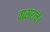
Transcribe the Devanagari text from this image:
वासराचे।